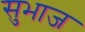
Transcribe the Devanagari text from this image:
सुभाज